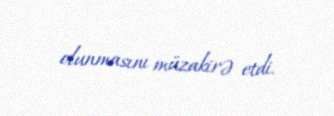
olunmasını müzakirə etdi.